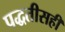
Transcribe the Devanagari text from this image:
पद्धतीसही